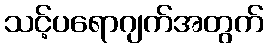
သင့်ပရောဂျက်အတွက်